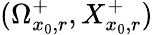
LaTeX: (\Omega_{x_{0},r}^{+},X_{x_{0},r}^{+})